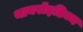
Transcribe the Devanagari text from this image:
थायरॉइडिज्म